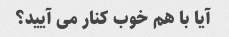
آیا با هم خوب کنار می آیید؟